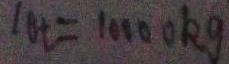
1 0 t = 1 0 0 0 0 k g